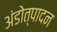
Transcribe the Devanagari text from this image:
अंडोत्पादन